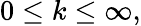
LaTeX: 0\leq k\leq\infty,